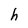
Character: h